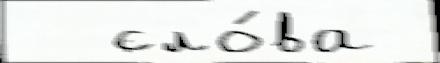
  сло́ва